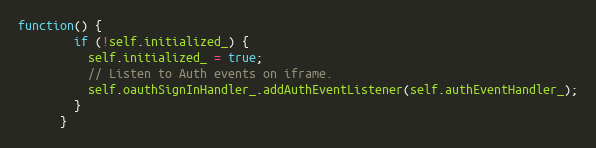
Language: JavaScript
function() {
        if (!self.initialized_) {
          self.initialized_ = true;
          // Listen to Auth events on iframe.
          self.oauthSignInHandler_.addAuthEventListener(self.authEventHandler_);
        }
      }